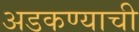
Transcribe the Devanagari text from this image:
अडकण्याची